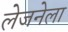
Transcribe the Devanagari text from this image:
लेजनेला